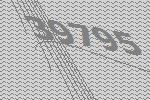
39795